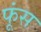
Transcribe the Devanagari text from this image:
फूंस